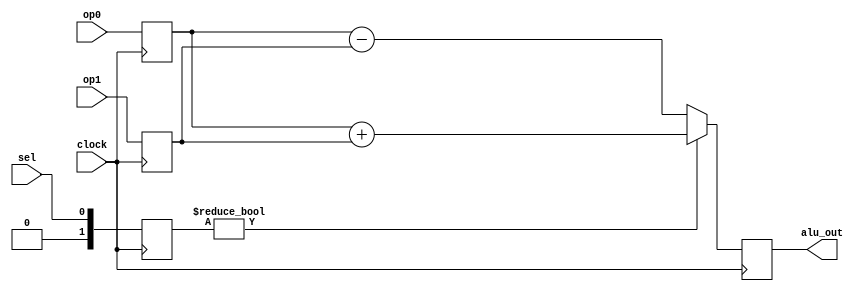
 `timescale 1 ns / 1 ps

module execute(
	clock,
	op0,
	op1,
	sel,
	alu_out
);
	
input wire  clock;
input wire [31:0] op0;
input wire [31:0] op1;
input wire sel;
output reg [31:0] alu_out;

reg [31:0] op0r;
reg [31:0] op1r;
reg [ 1:0] selr;

reg [31:0] result ;
  
always@ (*) begin
	if(selr) begin 
		result= op0r + op1r;
	end else begin
		result= op0r - op1r;  
	end
end
  
always @ ( posedge clock) begin
	op0r <= op0;
	op1r <= op1;
	selr <= sel;
	alu_out<=result;
end

endmodule